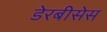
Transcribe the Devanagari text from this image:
डेरबीसेस